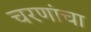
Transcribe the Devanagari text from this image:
चरणांचा